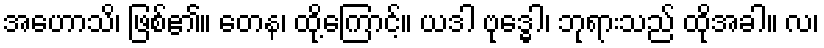
အဟောသိ၊ ဖြစ်၏။ တေန၊ ထို့ကြောင့်။ ယဒါ ဗုဒ္ဓေါ၊ ဘုရားသည် ထိုအခါ။ လ၊